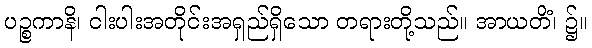
ပဉ္စကာနိ၊ ငါးပါးအတိုင်းအရှည်ရှိသော တရားတို့သည်။ အာယတိံ၊ ၌။